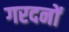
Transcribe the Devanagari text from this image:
गरदनों